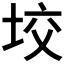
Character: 𡋟